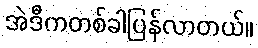
အဲဒီကတစ်ခါပြန်လာတယ်။